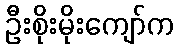
ဦးစိုးမိုးကျော်က